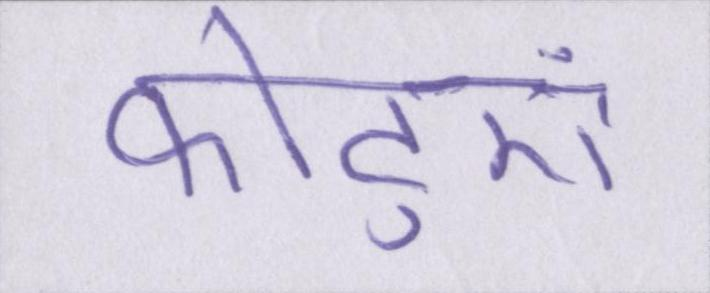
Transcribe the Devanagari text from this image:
फोटुएं